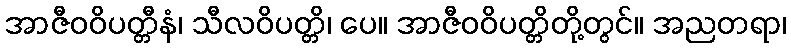
အာဇီဝဝိပတ္တီနံ၊ သီလဝိပတ္တိ၊ ပေ။ အာဇီဝဝိပတ္တိတို့တွင်။ အညတရာ၊